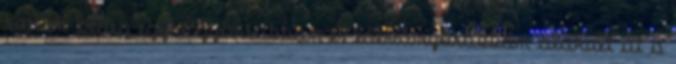
során pedig egyre gyorsabban és látványosabban alakult át a